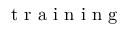
\mathrm { ~ t ~ r ~ a ~ i ~ n ~ i ~ n ~ g ~ }